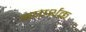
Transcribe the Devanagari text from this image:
अपार्थक